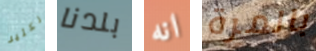
الكثير بلدنا انه بالمرة